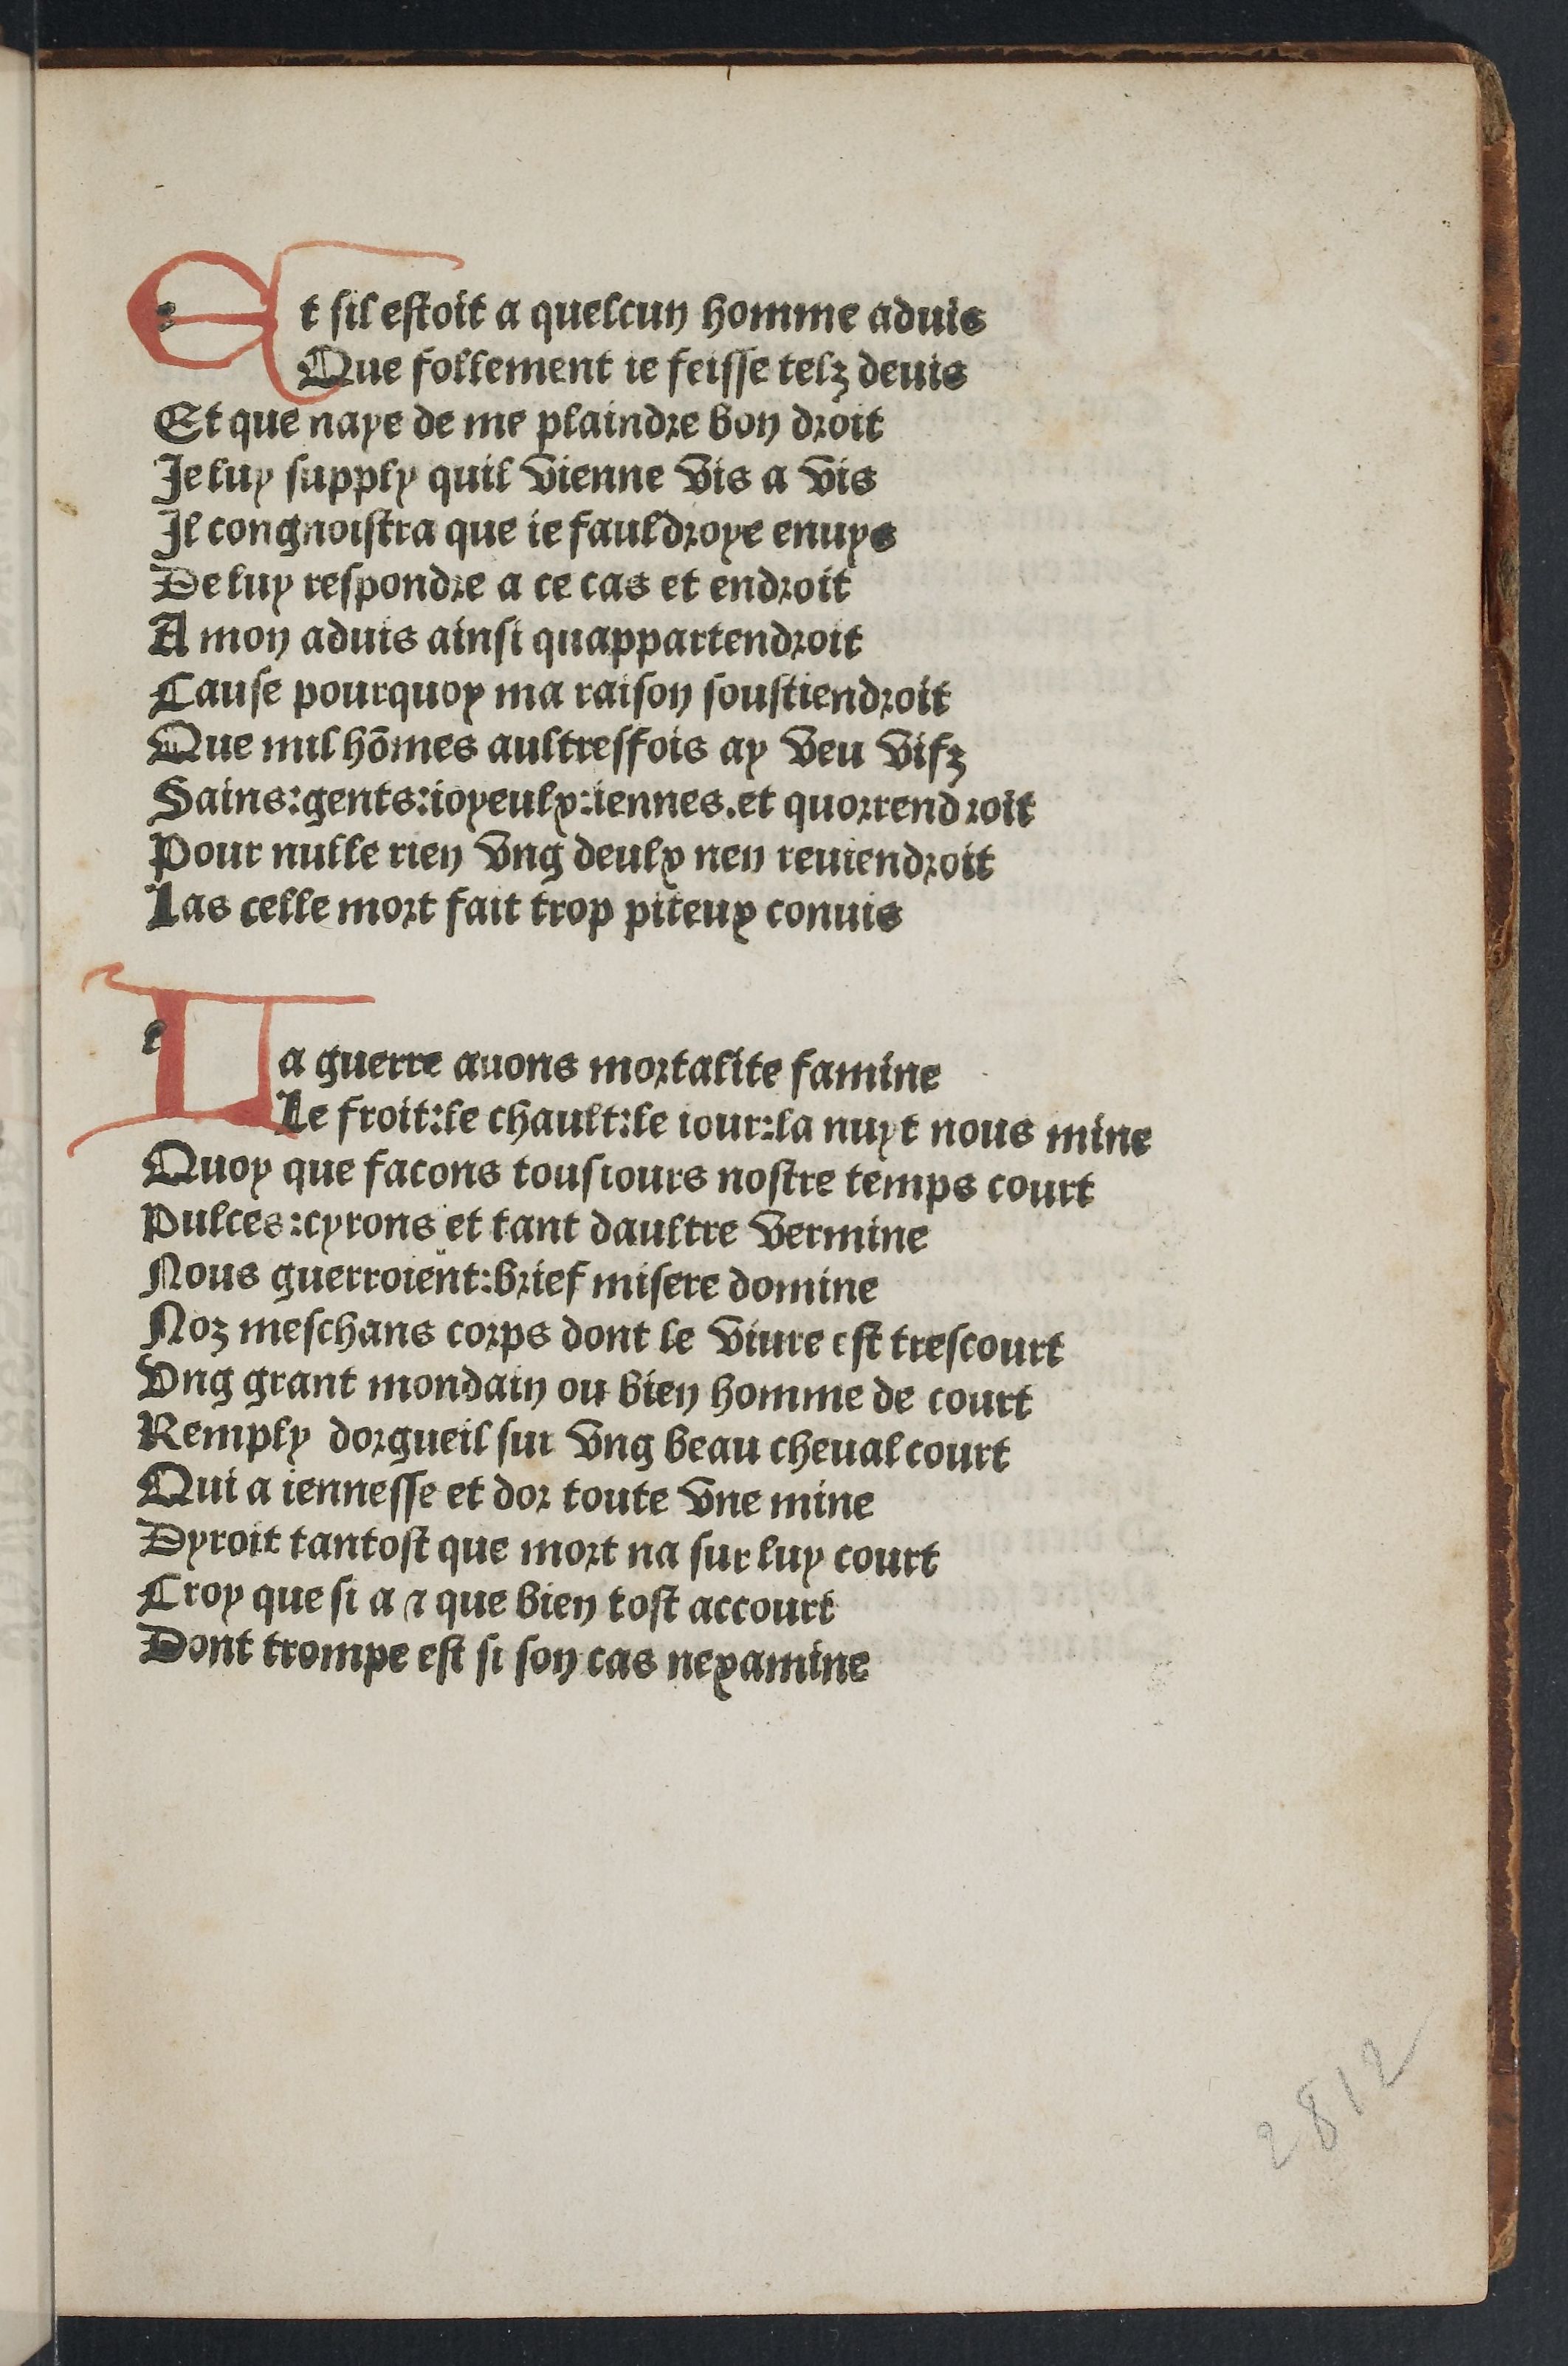
Shelfmark: Paris, BnF, Rés. YE-281
Century: 15